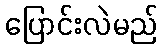
ပြောင်းလဲမည်